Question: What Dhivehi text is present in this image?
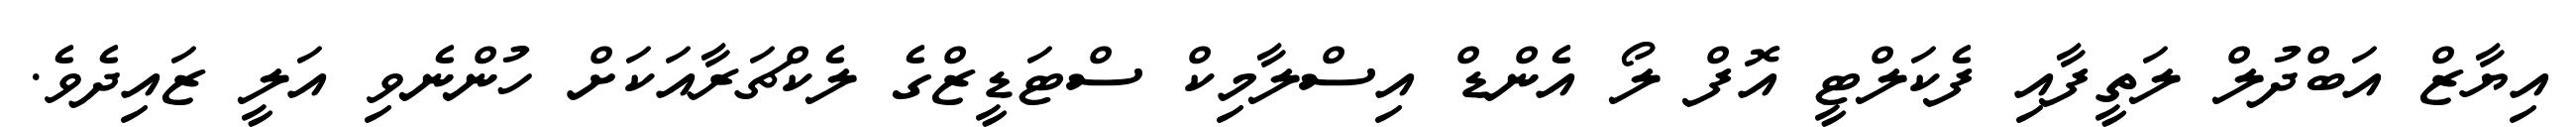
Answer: އިޔާޒް އަބްދުލް ލަތީފާއި ފެކަލްޓީ އޮފް ލޯ އެންޑް އިސްލާމިކް ސްޓަޑީޒްގެ ލެކްޗަރާއަކަށް ހުންނެވި އަލީ ޒައިދެވެ.